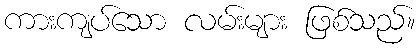
ကားကျပ်သော လမ်းများ ဖြစ်သည်။